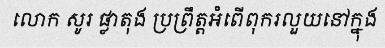
លោក សូរ ផ្លាតុង ប្រព្រឹត្តអំពើពុករលួយនៅក្នុង